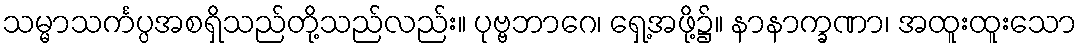
သမ္မာသင်္ကပ္ပအစရှိသည်တို့သည်လည်း။ ပုဗ္ဗဘာဂေ၊ ရှေ့အဖို့၌။ နာနာက္ခဏာ၊ အထူးထူးသော